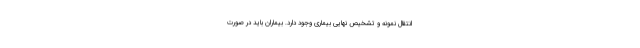
انتقال نمونه و تشخیص نهایی بیماری وجود دارد. بیماران باید در صورت